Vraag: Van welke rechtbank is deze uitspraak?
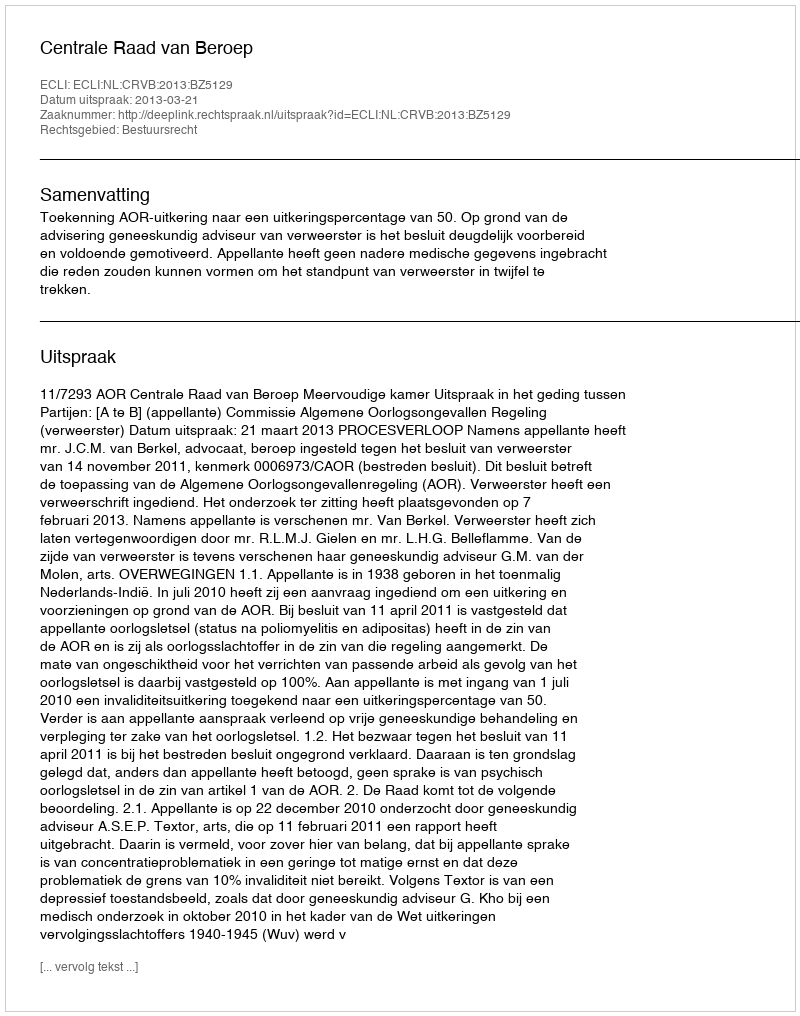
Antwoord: Centrale Raad van Beroep